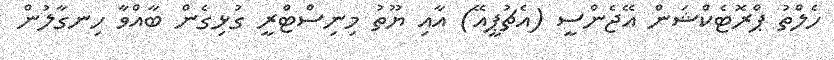
ހެލްތު ޕްރޮޓެކްޝަން އޭޖެންސީ (އެޗުޕީއޭ) އާއި ޔޫތު މިނިސްޓްރީ ގުޅިގެން ބާއްވާ ހިނގާލުން